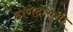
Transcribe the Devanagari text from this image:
ठाणेदाराची